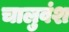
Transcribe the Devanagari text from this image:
चालुवंश